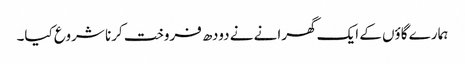
ہمارے گاؤں کے ایک گھرانے نے دودھ فروخت کرنا شروع کیا۔